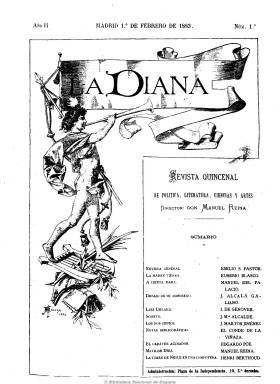
Título: La Diana (Madrid. 1882)
Colección: Cultura || Literatura
Ámbito geográfico: Madrid
Lugar de publicación: Madrid
Fechas: 01/02/1883-22/01/1884

Revista que fundara y dirigiera Manuel Reina (1856-1905), precursor del modernismo en España y político liberal-conservador cordobés, en la que se van a dar cita los principales escritores y periodistas ya consagrados del último tercio del siglo diecinueve y otros que inician su carrera literaria en estos años. Reina había comprado en 1882 la revista malagueña Andalucía, que convertirá en La diana, instalando su redacción en Madrid. Subtitulada “revista quincenal de política, literatura y artes”, se convertirá en un referente literario que introducirá en España las tendencias estéticas europeas finiseculares, apareciendo los días uno y 16 de cada mes en números de 16 páginas, hasta 1884.

Cada número se iniciaba con un artículo o crónica de política nacional e internacional, generalmente escrita por Emilio Sánchez Pastor, y continuaba con otras crónicas y textos de crítica literaria, así como otros de creación o de carácter científico, artículos de viajes, etc. También publica una sección titulada “Ecos de París”, con noticias y comentarios de la actualidad francesa. Otro de los elementos principales de la publicación son las traducciones de textos de escritores europeos y norteamericanos, como los franceses Emilio Zola, Víctor Hugo o Teophile Gautier, o de poetas, como Verlaine, Schiller, Goethe, Lamartine, Musset o Heine.

Dado el carácter aglutinador de Reina, las páginas de su revista estuvieron abiertas a un sinnúmero de colaboradores, algunos de ellos de origen andaluz. Cabe citar a Juan Valera, Benito Pérez Galdós, José Echegaray, Salvador Rueda, Leopoldo Parejo, Narciso Díaz de Escobar, Eduardo del Palacio o Juan Pérez de Guzmán, entre los ya consagrados, o Manuel Machado y Juan Ramón Jiménez, entre los jóvenes. La diana fue un referente literario de la España de la Restauración, cuy esmerado diseño no dio cabida a las ilustraciones, excepto el grabado de su cabecera.

Con motivo del centenario del fallecimiento de su director, en 2005 fue editado el facsímil de la revista, con un estudio preliminar de Santiago Reina López, que incluye los índices de su colección.